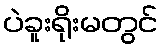
ပဲခူးရိုးမတွင်